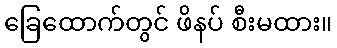
ခြေထောက်တွင် ဖိနပ် စီးမထား။